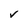
Character: V